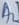
Text: A2